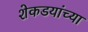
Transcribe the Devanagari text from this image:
शेकडयांच्या